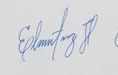
Signature authenticity: genuine